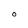
Character: O